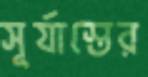
সূর্যাস্তের